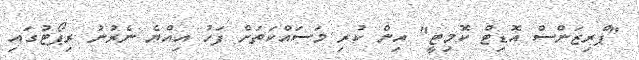
"ޕްރިޒަންސް އޮޑިޓް ކޮމިޓީ" އިން ކުރި މަސައްކަތަށް ފަހު އިއްޔެ ނެރުނު ރިޕޯޓުގައި